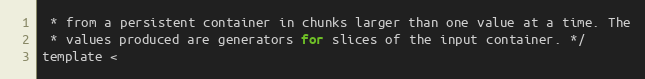
Language: C
 * from a persistent container in chunks larger than one value at a time. The
 * values produced are generators for slices of the input container. */
template <